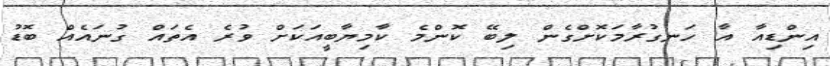
އިންޑިއާ އާ ހަނގުރާމަކޮށްގެން ލިބޭ ކޮންމެ ކާމިޔާބީއަކަށް ވުރެ އެތައް ގުނައެއް ބޮޑު